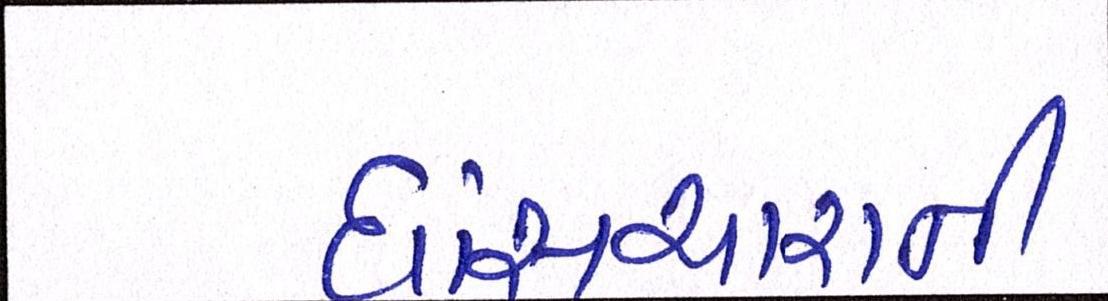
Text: ઘાંસચારાની